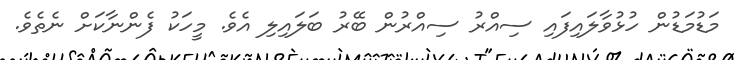
މަޑުމަޑުން ހުޅުވާލައިފައި ސިއްރު ސިއްރުން ބޭރު ބަލައިލި އެވެ. މީހަކު ފެންނާކަށް ނެތެވެ.